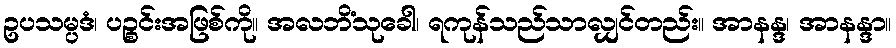
ဥပသမ္ပဒံ၊ ပဉ္စင်းအဖြစ်ကို။ အလဘိံသုခေါ၊ ရကုန်သည်သာလျှင်တည်း။ အာနန္ဒ၊ အာနန္ဒာ။